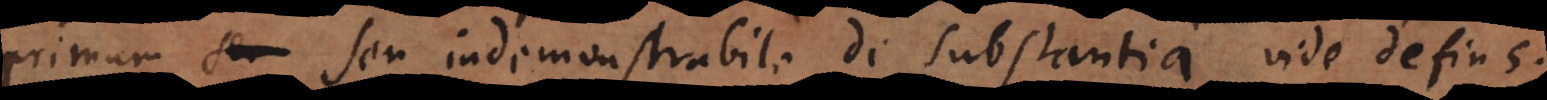
primum seu indemonstrabile de substantia. Vide defin.